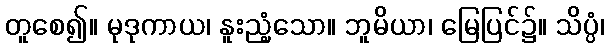
တူစေ၍။ မုဒုကာယ၊ နူးညံ့သော။ ဘူမိယာ၊ မြေပြင်၌။ သိပ္ပံ၊